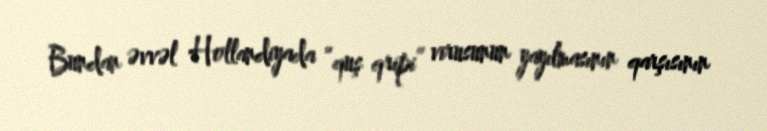
Bundan əvvəl Hollandiyada “quş qripi” virusunun yayılmasının qarşısının